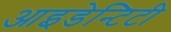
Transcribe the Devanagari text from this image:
आइडेन्टिटी